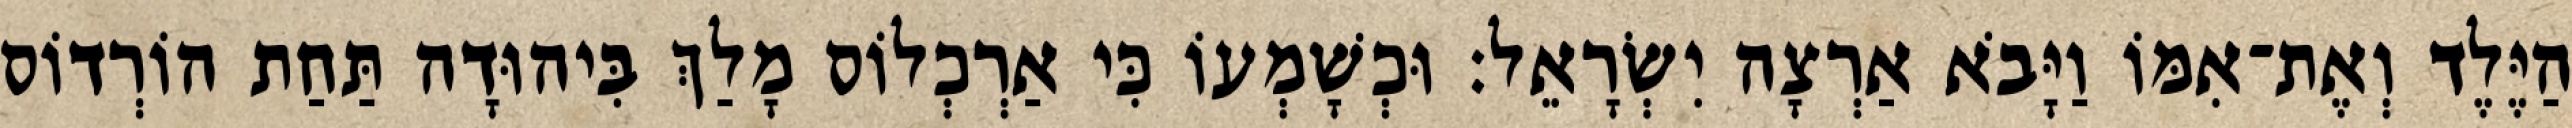
הַיֶּלֶד וְאֶת־אִמּוֹ וַיָּבֹא אַרְצָה יִשְׂרָאֵל׃ וּכְשָׁמְעוֹ כִּי אַרְכְלוֹס מָלַךְ בִּיהוּדָה תַּחַת הוֹרְדוֹס